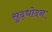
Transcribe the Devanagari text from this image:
सुद्धोदन